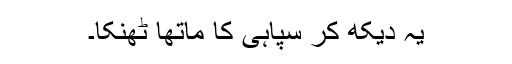
یہ دیکھ کر سپاہی کا ماتھا ٹھنکا۔